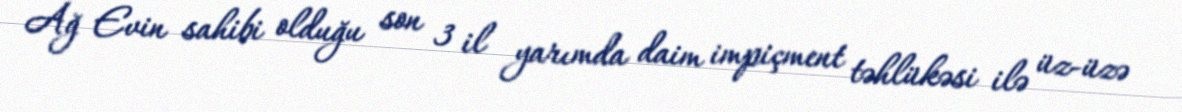
Ağ Evin sahibi olduğu son 3 il yarımda daim impiçment təhlükəsi ilə üz-üzə